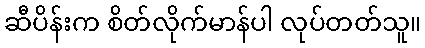
ဆီပိန်းက စိတ်လိုက်မာန်ပါ လုပ်တတ်သူ။